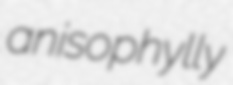
anisophylly